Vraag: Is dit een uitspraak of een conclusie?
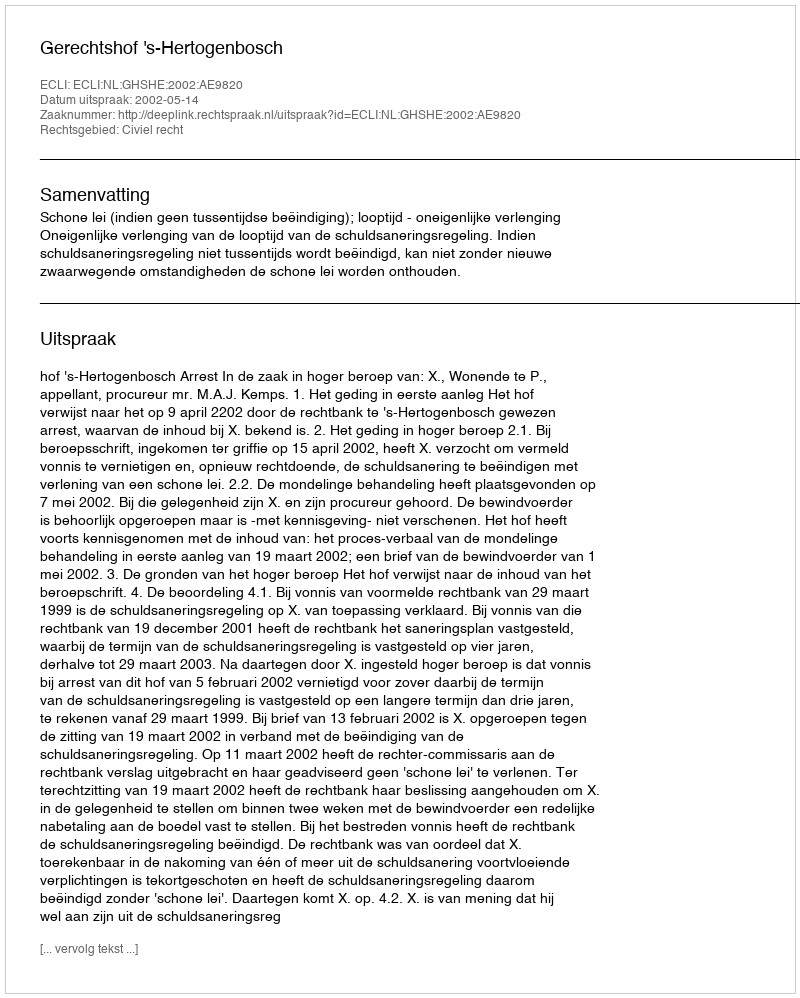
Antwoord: Uitspraak